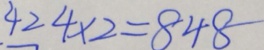
4 2 4 \times 2 = 8 4 8